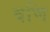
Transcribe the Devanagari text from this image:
वणि